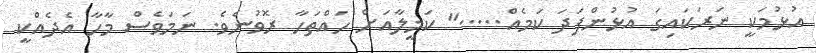
އުޅުމަކީ ނަރަކައިގަ އުޅުންފަދަ ކަމެއް....." ކަމީލާއަށް ހައްތަހާ ރޮވުނެވެ. ނަމަވެސް މާހާ އެދެއްކީ